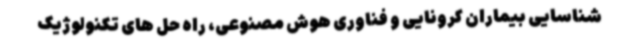
شناسایی بیماران کرونایی و فناوری هوش مصنوعی، راه حل های تکنولوژیک